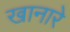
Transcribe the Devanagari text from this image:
खानारे